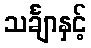
သင်္ချာနှင့်